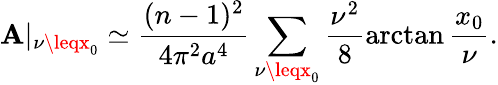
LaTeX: \mathbf{A}|_{\nu\leqx_{0}}\simeq\frac{{(n-1)^{2}}}{{4\pi^{2}a^{4}}}\sum_{\nu\leqx_{0}}\frac{{\nu^{2}}}{{8}}\arctan\frac{{x_{0}}}{{\nu}}.